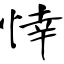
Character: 悻